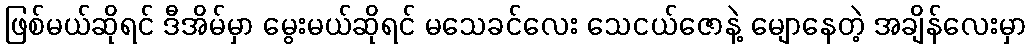
ဖြစ်မယ်ဆိုရင် ဒီအိမ်မှာ မွေးမယ်ဆိုရင် မသေခင်လေး သေငယ်ဇောနဲ့ မျောနေတဲ့ အချိန်လေးမှာ